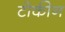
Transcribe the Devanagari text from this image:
टोकीन